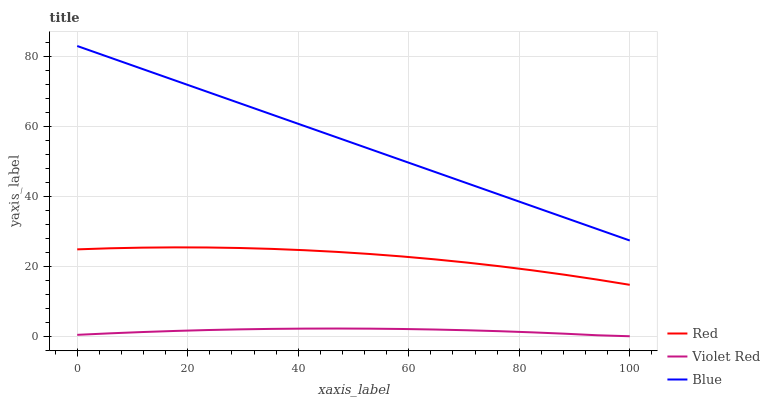
| xaxis_label | Red | Violet Red | Blue |
 | --- | --- | --- | --- |
 | 0 | 24.8 | 0.402 | 83 |
 | 5.88 | 25.2 | 0.832 | 79.7 |
 | 11.8 | 25.3 | 1.2 | 76.5 |
 | 17.6 | 25.4 | 1.52 | 73.2 |
 | 23.5 | 25.4 | 1.77 | 69.9 |
 | 29.4 | 25.2 | 1.97 | 66.6 |
 | 35.3 | 25 | 2.11 | 63.4 |
 | 41.2 | 24.6 | 2.19 | 60.1 |
 | 47.1 | 24.1 | 2.21 | 56.8 |
 | 52.9 | 23.5 | 2.17 | 53.6 |
 | 58.8 | 22.8 | 2.08 | 50.3 |
 | 64.7 | 22 | 1.92 | 47 |
 | 70.6 | 21.1 | 1.71 | 43.7 |
 | 76.5 | 20 | 1.44 | 40.5 |
 | 82.4 | 18.9 | 1.11 | 37.2 |
 | 88.2 | 17.6 | 0.727 | 33.9 |
 | 94.1 | 16.2 | 0.282 | 30.6 |
 | 100 | 14.7 | 0 | 27.4 |